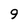
Character: 9